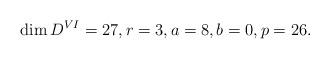
LaTeX: \begin{align*}\dim D^{VI} = 27, r = 3, a = 8, b = 0, p = 26.\end{align*}